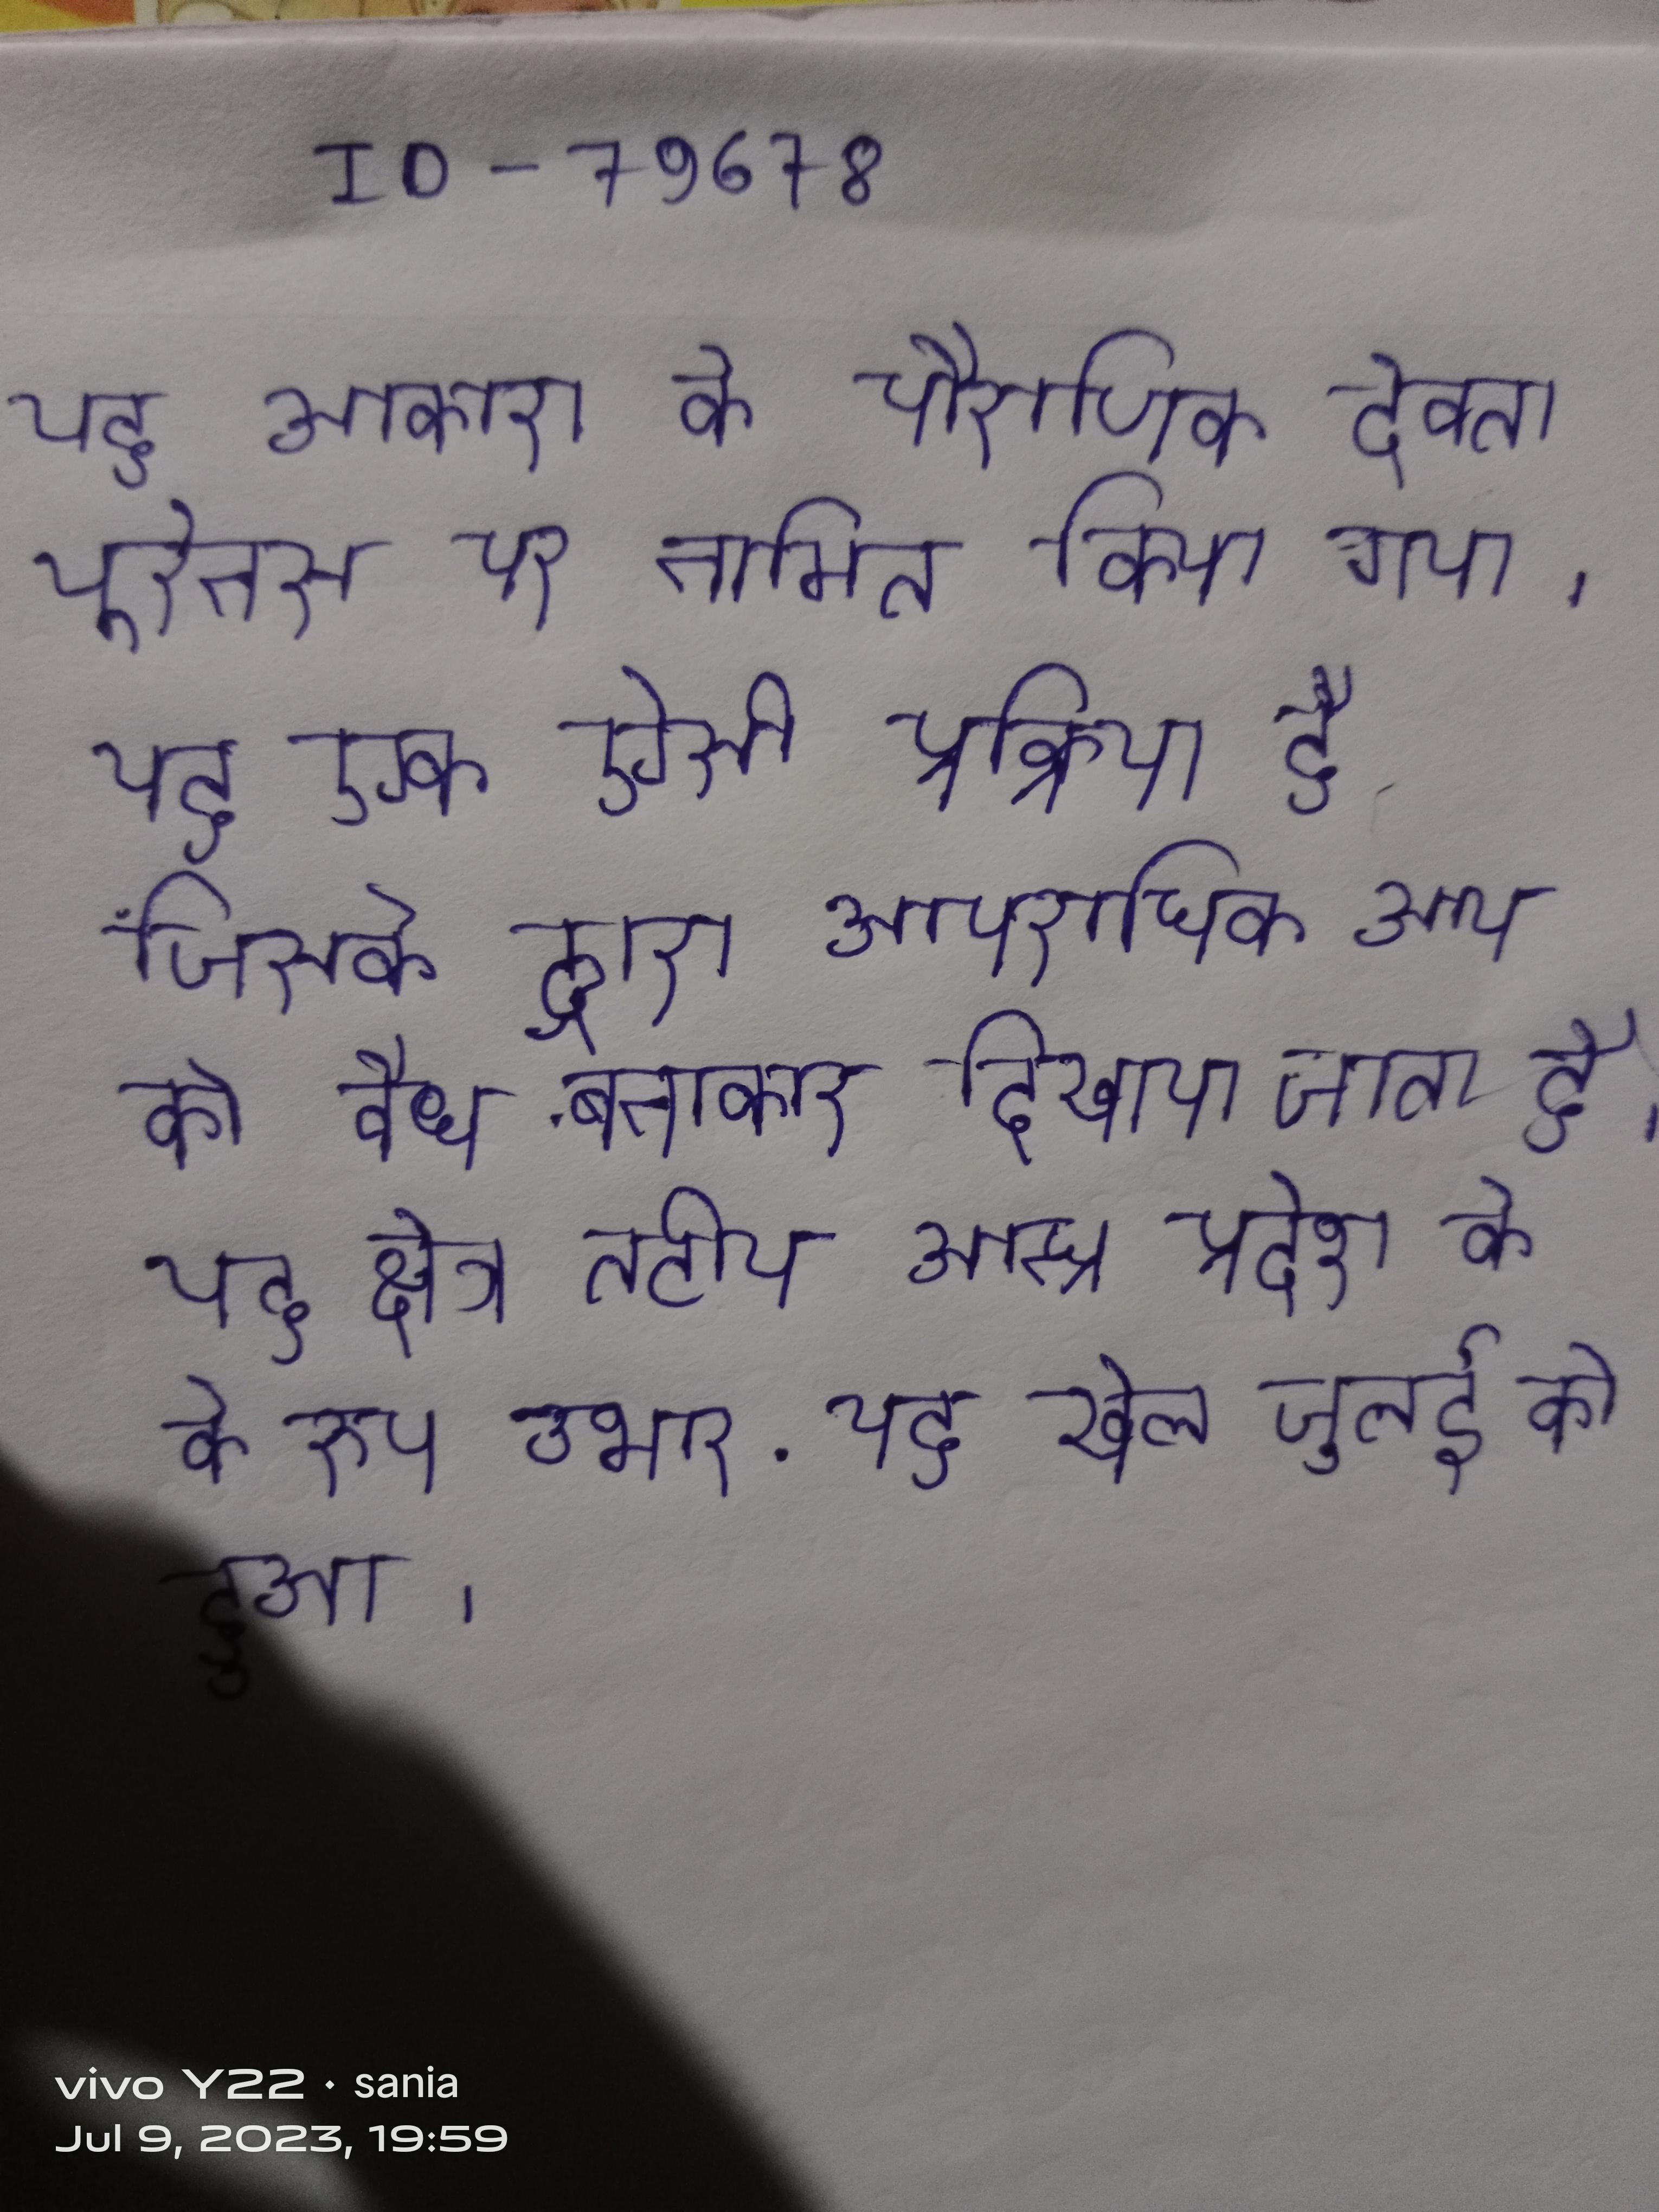
यह आकाश के पौराणिक देवता यूरेनस पर नामित किया गया । यह एक ऐसी प्रक्रिया है जिसके द्वारा आपराधिक आय को वैध बनाकर दिखाया जाता है । यह क्षेत्र तटीय आन्ध्र प्रदेश के रूप उभरा . यह खेल जुलाई को हुआ ।